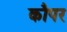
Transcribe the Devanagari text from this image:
कौपर